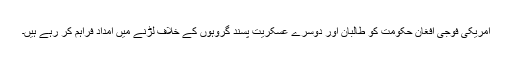
امریکی فوجی افغان حکومت کو طالبان اور دوسرے عسکریت پسند گروہوں کے خلاف لڑنے میں امداد فراہم کر رہے ہیں۔